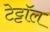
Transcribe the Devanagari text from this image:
टेट्टॉल